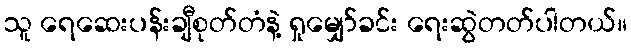
သူ ရေဆေးပန်းချီစုတ်တံနဲ့ ရှုမျှော်ခင်း ရေးဆွဲတတ်ပါတယ်။